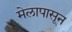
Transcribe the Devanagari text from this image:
मेलापासून